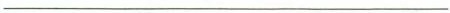
___